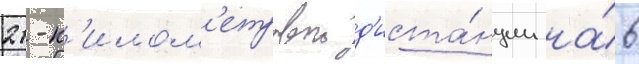
21-к'илом'етровои д'иста́нции на́ 6